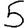
Digit: 5